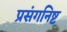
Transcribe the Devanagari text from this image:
प्रसंगनिष्ट